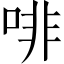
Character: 啡